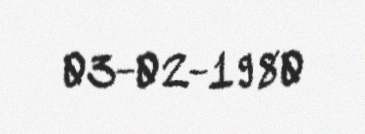
03-02-1980